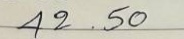
42 . 50